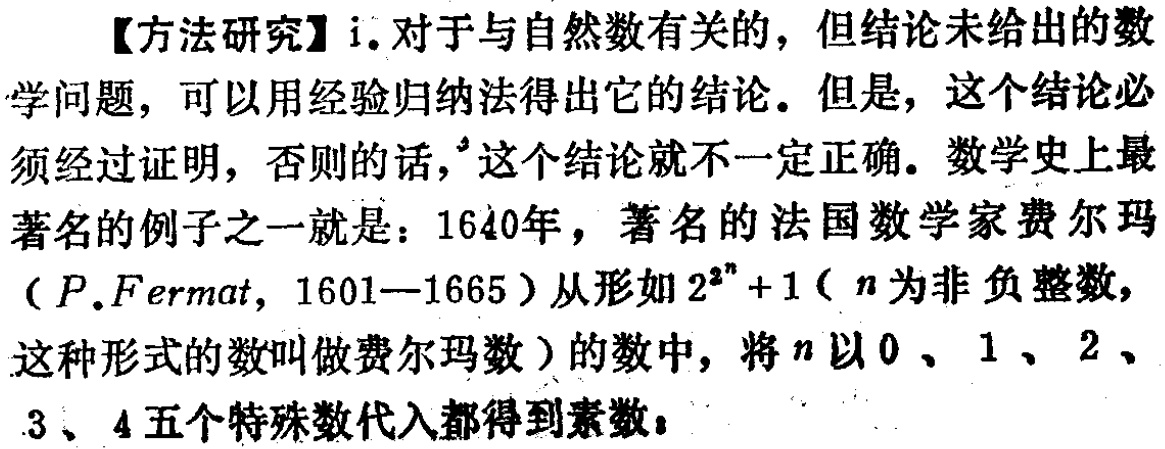
【方法研究】i. 对于与自然数有关的，但结论未给出的数学问题，可以用经验归纳法得出它的结论。但是，这个结论必须经过证明，否则的话，这个结论就不一定正确。数学史上最著名的例子之一就是：1640年，著名的法国数学家费尔玛（$P.Fermat$, 1601—1665）从形如$2^{2^{n}} + 1$（$n$为非负整数，这种形式的数叫做费尔玛数）的数中，将$n$以$0$、$1$、$2$、3、4五个特殊数代入都得到素数：